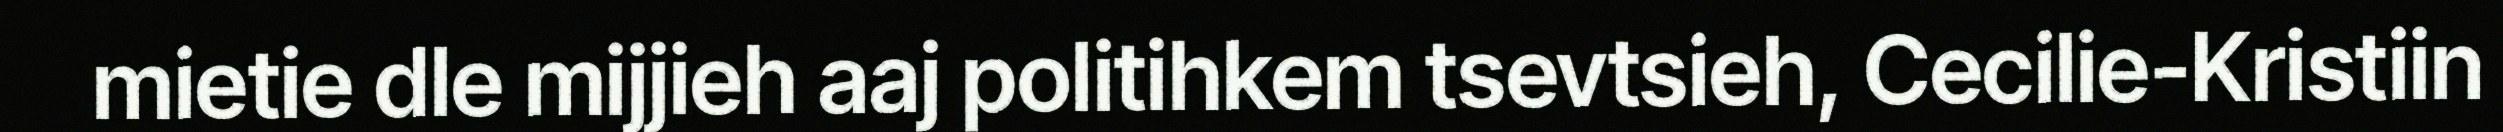
mietie dle mijjieh aaj politihkem tsevtsieh, Cecilie-Kristiin